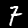
Label: 7